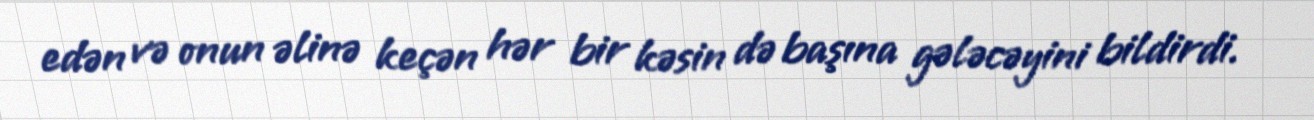
edən və onun əlinə keçən hər bir kəsin də başına gələcəyini bildirdi.